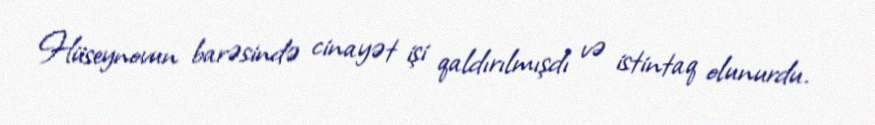
Hüseynovun barəsində cinayət işi qaldırılmışdı və istintaq olunurdu.